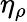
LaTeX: \eta_{\rho}